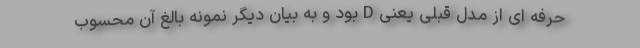
حرفه ای از مدل قبلی یعنی D بود و به بیان دیگر نمونه بالغ آن محسوب